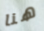
هنا